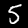
Digit: 5